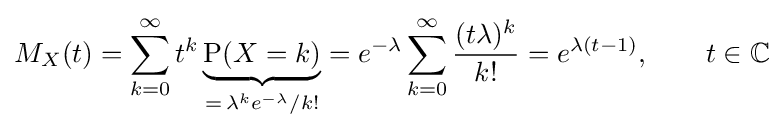
M_{X}(t)=\sum _{k=0}^{\infty }t^{k}\underbrace {\operatorname {P} (X=k)} _{=\,\lambda ^{k}e^{-\lambda }/k!}=e^{-\lambda }\sum _{k=0}^{\infty }{\frac {(t\lambda )^{k}}{k!}}=e^{\lambda (t-1)},\qquad t\in \mathbb {C}